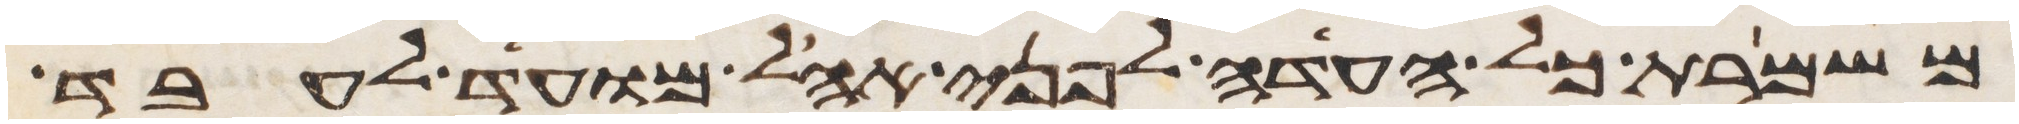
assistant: משמרת כל העדה לפני אהל מועד לעבד